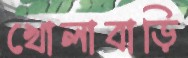
খোলাবাড়ি